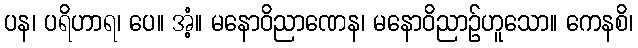
ပန၊ ပရိဟာရ၊ ပေ။ အံ့။ မနောဝိညာဏေန၊ မနောဝိညာဉ်ဟူသော။ ကေနစိ၊